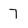
Character: 7